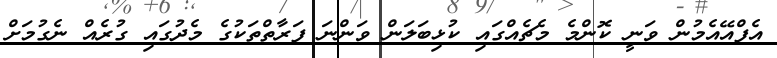
އެފްއޭއެމުން ވަނީ ކޮންމެ މެޗެއްގައި ކުޅިބަލަން ވަންނަ ފަރާތްތަކުގެ މެދުގައި ގުރެއް ނެގުމަށް